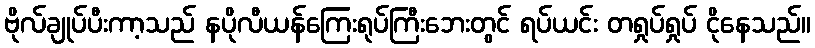
ဗိုလ်ချုပ်ပီးကာ့သည် နပိုလီယန်ကြေးရုပ်ကြီးဘေးတွင် ရပ်ယင်း တရှုပ်ရှုပ် ငိုနေသည်။